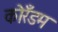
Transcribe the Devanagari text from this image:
कोरँडम